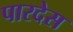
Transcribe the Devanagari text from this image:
पारदेस